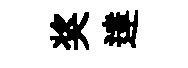
奖達